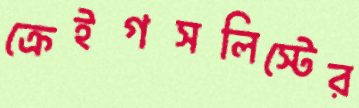
ক্রেইগসলিস্টের